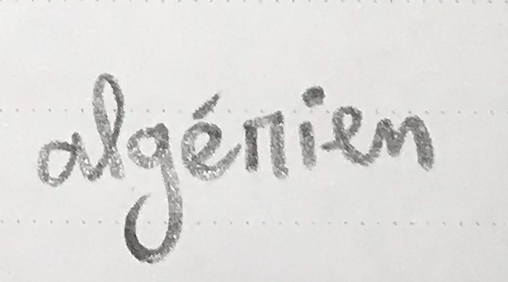
algérien